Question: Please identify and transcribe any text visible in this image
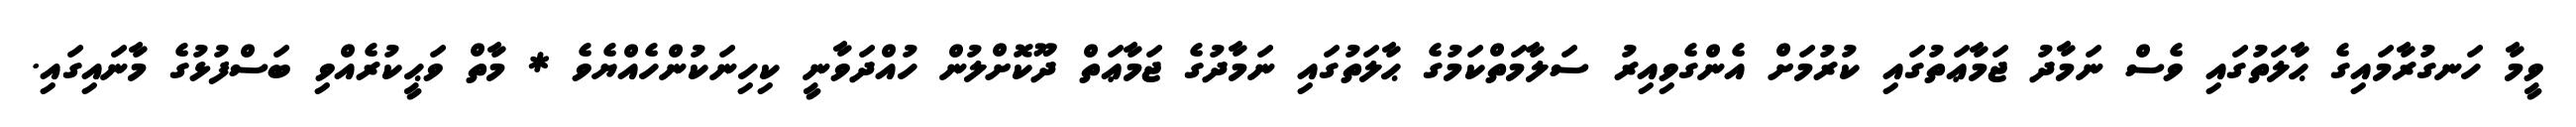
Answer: ވީމާ ހަނގުރާމައިގެ ޙާލަތުގައި ވެސް ނަމާދު ޖަމާޢަތުގައި ކުރުމަށް އެންގެވިއިރު ސަލާމަތްކަމުގެ ޙާލަތުގައި ނަމާދުގެ ޖަމާޢަތް ދޫކޮށްލުން ހުއްދަވާނީ ކިހިނަކުންހެއްޔެވެ * މާތް ވަޙީކުރެއްވި ބަސްފުޅުގެ މާނައިގައި.